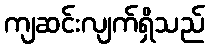
ကျဆင်းလျက်ရှိသည်